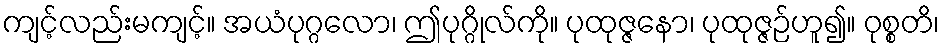
ကျင့်လည်းမကျင့်။ အယံပုဂ္ဂလော၊ ဤပုဂ္ဂိုလ်ကို။ ပုထုဇ္ဇနော၊ ပုထုဇ္ဇဉ်ဟူ၍။ ဝုစ္စတိ၊